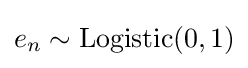
e_{n}\sim \operatorname {Logistic} (0,1)